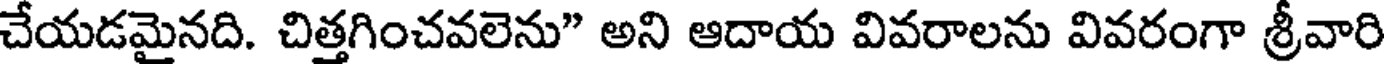
చేయడమైనది. చిత్తగించవలెను" అని ఆదాయ వివరాలను వివరంగా శ్రీవారి